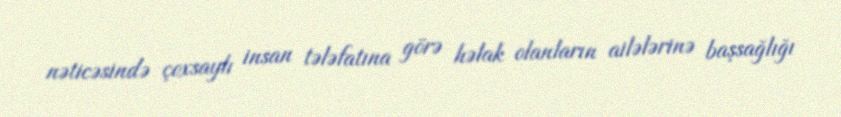
nəticəsində çoxsaylı insan tələfatına görə həlak olanların ailələrinə başsağlığı